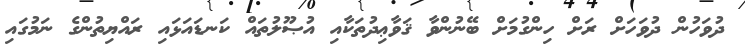
ދުވަހުން ދުވަހަށް ރަށް ހިންގުމަށް ބޭނުންވާ ޤަވާޢިދުތަކާއި އުޞޫލުތައް ކަނޑައަޅައި ރައްޔިތުންގެ ނަމުގައި